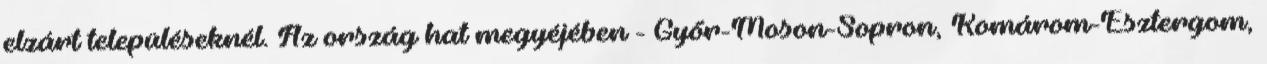
elzárt településeknél. Az ország hat megyéjében - Győr-Moson-Sopron, Komárom-Esztergom,